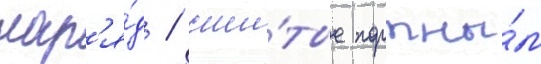
нар'я́д / сши́тые портны́м